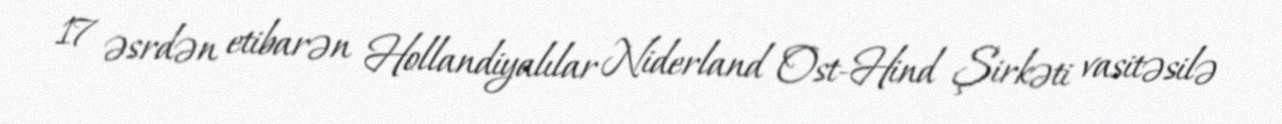
17 əsrdən etibarən Hollandiyalılar Niderland Ost-Hind Şirkəti vasitəsilə